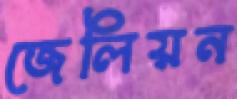
জেলিয়ন